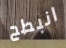
انبطح